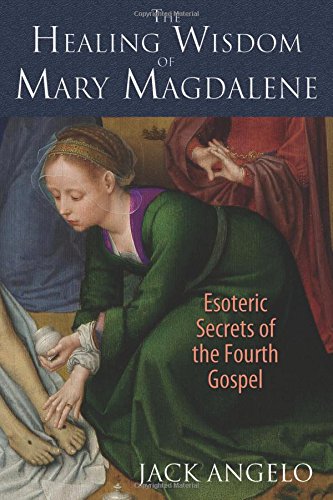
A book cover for The Healing Wisdom of Mary Magdalene: Esoteric Secrets of the Fourth Gospel; Jack Angelo; Christian Books & Bibles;